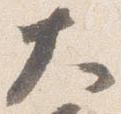
大